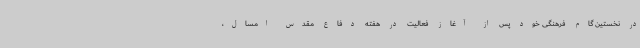
در نخستین گام فرهنگی خود پس از آغاز فعالیت در هفته دفاع مقدس امسال،